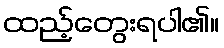
ထည့်တွေးရပါ၏။